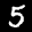
Label: 5